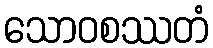
သောဝစဿတံ